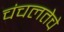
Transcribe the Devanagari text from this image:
चंचलतेचे